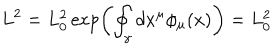
L ^ { 2 } = L _ { 0 } ^ { 2 } \exp \left( \oint _ { \gamma } d x ^ { \mu } \phi _ { \mu } ( x ) \right) = L _ { 0 } ^ { 2 } \,